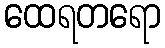
ထေရတရော